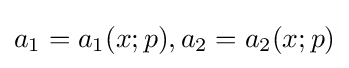
a_{1}=a_{1}(x;p),a_{2}=a_{2}(x;p)